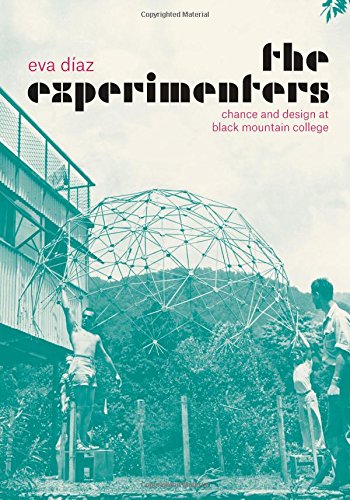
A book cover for The Experimenters: Chance and Design at Black Mountain College; Eva DÃ­az; Arts & Photography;